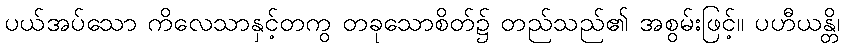
ပယ်အပ်သော ကိလေသာနှင့်တကွ တခုသောစိတ်၌ တည်သည်၏ အစွမ်းဖြင့်။ ပဟီယန္တိ၊